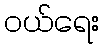
ဝယ်ရေး